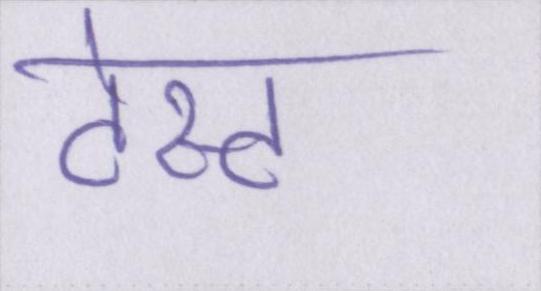
टेस्ट